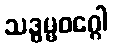
သဒ္ဓမ္မဝဂ္ဂေါ